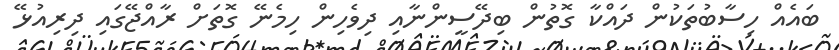
ބައެއް ހިސާބުތަކުން ދައްކާ ގޮތުން ބިދޭސީންނާއި ދިވެހިން ހިމެނޭ ގޮތަށް ރާއްޖޭގައި ދިރިއުޅޭ